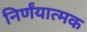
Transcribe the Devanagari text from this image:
निर्णंयात्मक